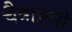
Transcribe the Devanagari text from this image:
चैत्राष्टमी